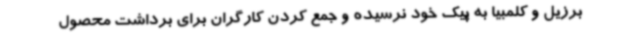
برزیل و کلمبیا به پیک خود نرسیده و جمع کردن کارگران برای برداشت محصول